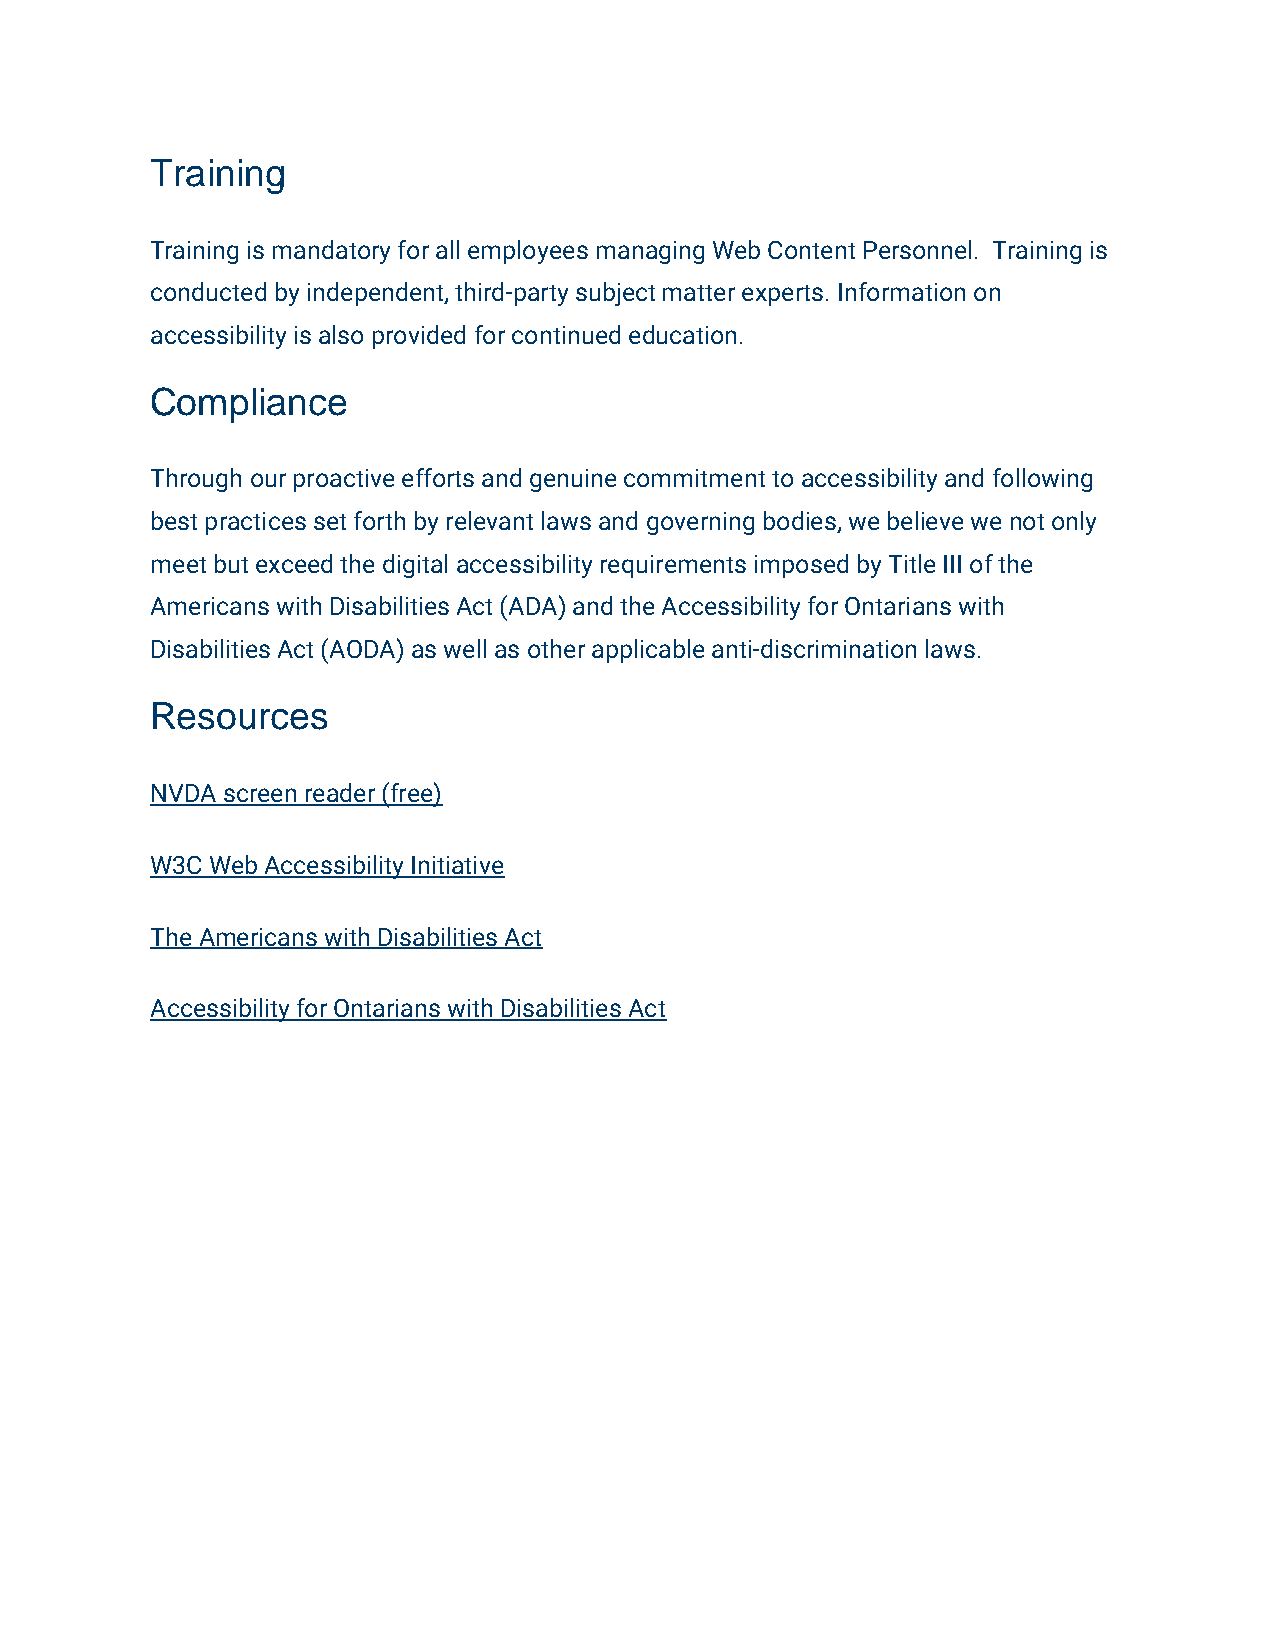
Training
 Training is mandatory for all employees managing Web Content Personnel. Training is
 conducted by independent, third-party subject matter experts. Information on
 accessibility is also provided for continued education.
 Compliance
 Through our proactive efforts and genuine commitment to accessibility and following
 best practices set forth by relevant laws and governing bodies, we believe we not only
 meet but exceed the digital accessibility requirements imposed by Title III of the
 Americans with Disabilities Act (ADA) and the Accessibility for Ontarians with
 Disabilities Act (AODA) as well as other applicable anti-discrimination laws.
 Resources
 NVDA screen reader (free)
 W3C Web Accessibility Initiative
 The Americans with Disabilities Act
 Accessibility for Ontarians with Disabilities Act